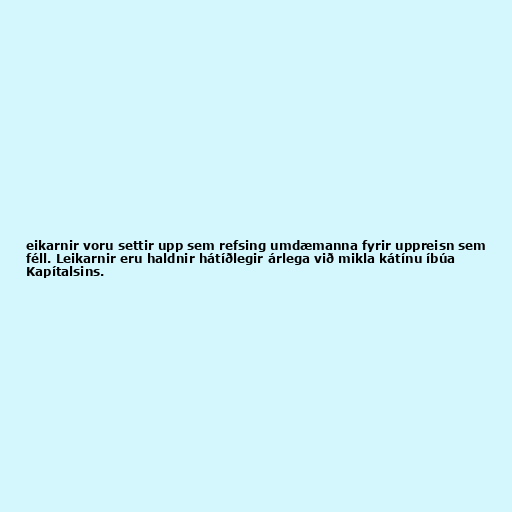
eikarnir voru settir upp sem refsing umdæmanna fyrir uppreisn sem
féll. Leikarnir eru haldnir hátíðlegir árlega við mikla kátínu íbúa
Kapítalsins.